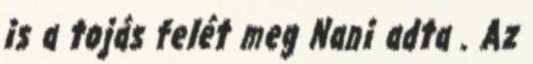
is a tojás felét meg Nani adta . Az